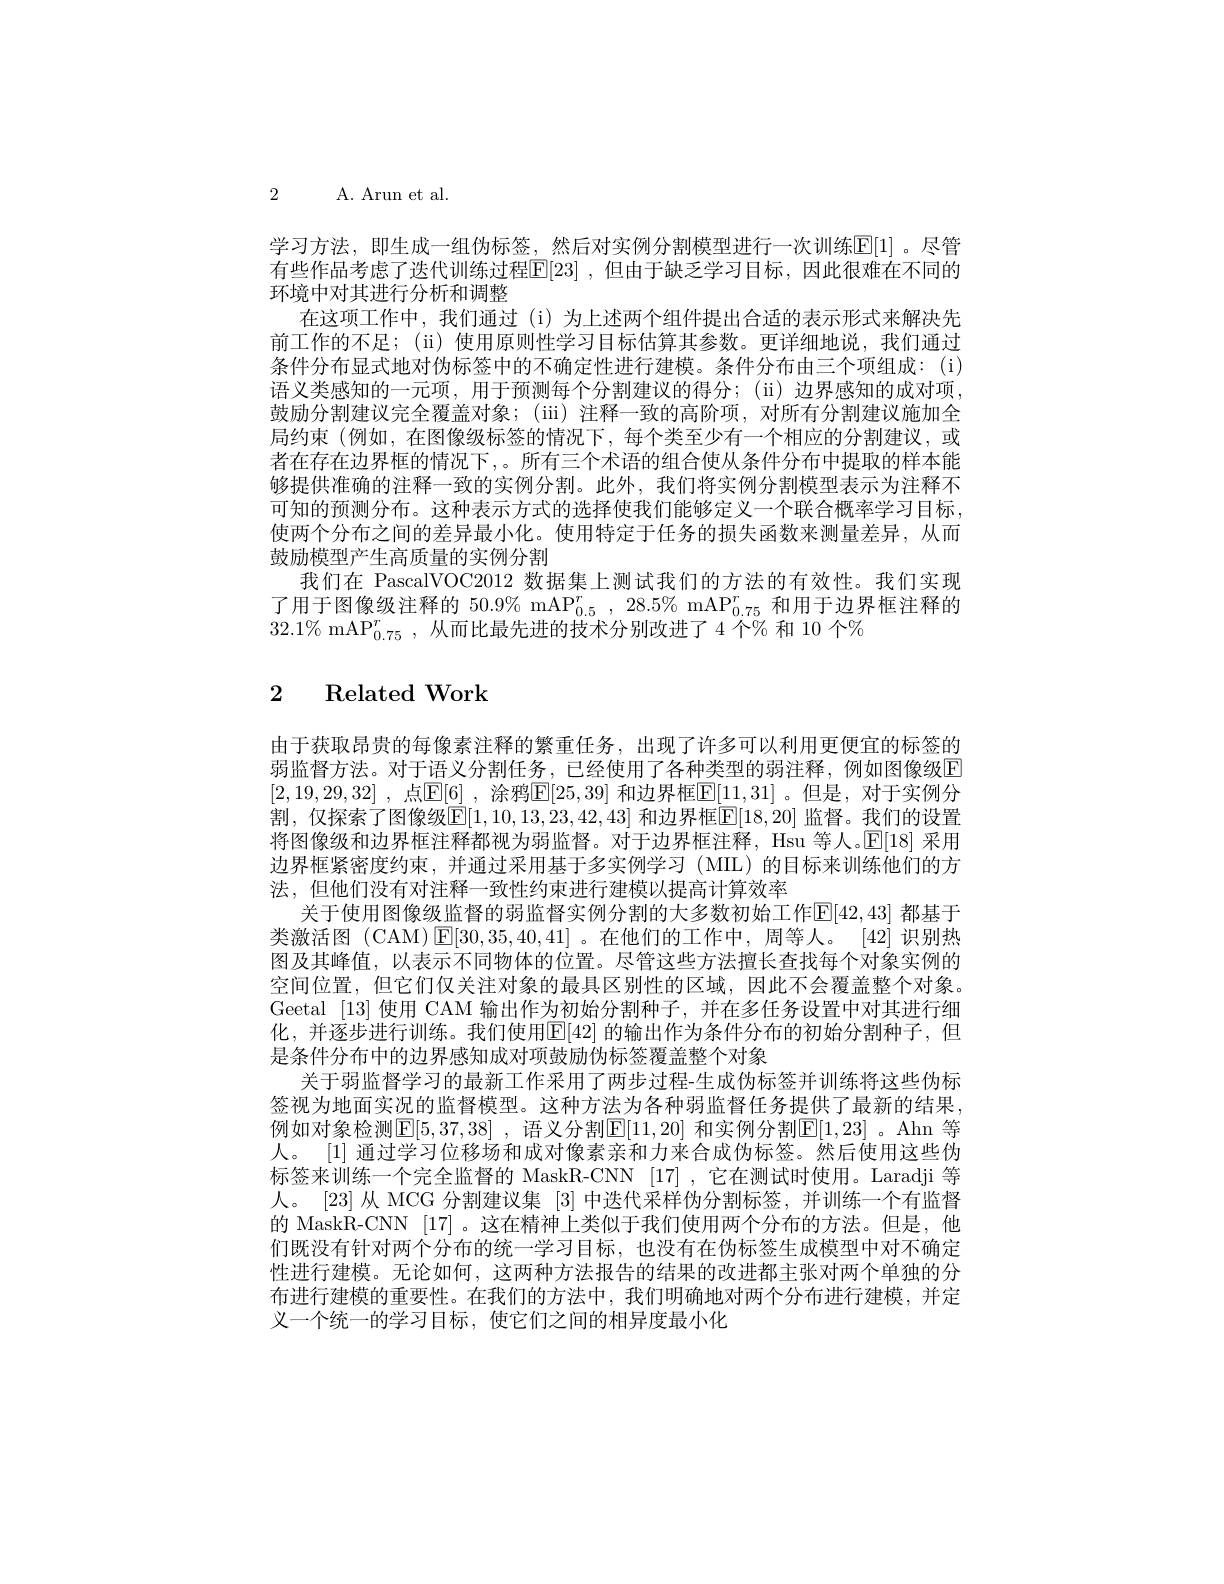
2 A. Arun et al.

学习方法，即生成一组伪标签，然后对实例分割模型进行一次训练E[1]。尽管有些作品考虑了迭代训练过程E[23] ,但由于缺乏学习目标，因此很难在不同的环境中对其进行分析和调整
在这项工作中，我们通过(i)为上述两个组件提出合适的表示形式来解决先前工作的不足；(ii) 使用原则性学习目标估算其参数。更详细地说，我们通过条件分布显式地对伪标签中的不确定性进行建模。条件分布由三个项组成：(i) 语义类感知的一元项，用于预测每个分割建议的得分；($\" (ii) 边界感知的成对项$, 鼓励分割建议完全覆盖对象；(iii) 注释一致的高阶项，对所有分割建议施加全局约束(例如，在图像级标签的情况下，每个类至少有一个相应的分割建议，或者在存在边界框的情况下，。所有三个术语的组合使从条件分布中提取的样本能够提供准确的注释一致的实例分割。此外，我们将实例分割模型表示为注释不可知的预测分布。这种表示方式的选择使我们能够定义一个联合概率学习目标使两个分布之间的差异最小化。使用特定于任务的损失函数来测量差异，从而鼓励模型产生高质量的实例分割
我们在 PascalVOC2012 数据集上测试我们的方法的有效性。我们实现了用于图像级注释的$50.9\%\mathrm{~mAP}_{0.5}^r,28.5\%\mathrm{~mAP}_{0.75}^r$和用于边界框注释的$32.1\%\mathrm{~mAP}_{0.75}^r$,从而比最先进的技术分别改进了 4 个% 和 10 个%

# 2 Related Work

由于获取昂贵的每像素注释的繁重任务，出现了许多可以利用更便宜的标签的弱监督方法。对于语义分割任务，已经使用了各种类型的弱注释，例如图像级E [2,19,29,32] , $点 [ \mathbb{E} [ 6]$ , $涂 鸦 [ \mathbb{E} [ 25, 39]$ 和 边 界 框 $\mathbb{E} [ 11, 31]$ $。但 是 $, 对于实例分割，仅探索了图像级E[1,10,13,23,42,43] 和边界框E[18,20] 监督。我们的设置将图像级和边界框注释都视为弱监督。对于边界框注释，Hsu 等人。E[18] 采用边界框紧密度约束，并通过采用基于多实例学习(MIL)的目标来训练他们的方法，但他们没有对注释一致性约束进行建模以提高计算效率
关于使用图像级监督的弱监督实例分割的大多数初始工作[E[42,43] 都基于类激活图 (CAM)[E[30,35,40,41]。在他们的工作中，周等人。[42]识别热图及其峰值，以表示不同物体的位置。尽管这些方法擅长查找每个对象实例的空间位置，但它们仅关注对象的最具区别性的区域，因此不会覆盖整个对象。Geetal [13] 使用 CAM 输出作为初始分割种子，并在多任务设置中对其进行细化，并逐步进行训练。我们使用$\overline{\mathbb{E}}[42]$ 的输出作为条件分布的初始分割种子，但是条件分布中的边界感知成对项鼓励伪标签覆盖整个对象
关于弱监督学习的最新工作采用了两步过程-生成伪标签并训练将这些伪标签视为地面实况的监督模型。这种方法为各种弱监督任务提供了最新的结果， 例如对象检测[E[5,37,38]~,~语义分割E[11,20]~和实例分割E[1,23]~。Ahn~等人。[1] 通过学习位移场和成对像素亲和力来合成伪标签。然后使用这些伪标签来训练一个完全监督的 MaskR-CNN [17] ,它在测试时使用。Laradji 等人。[23] 从 MCG 分割建议集 [3] 中迭代采样伪分割标签，并训练一个有监督的 MaskR-CNN [17] 。这在精神上类似于我们使用两个分布的方法。但是，他们既没有针对两个分布的统一学习目标，也没有在伪标签生成模型中对不确定性进行建模。无论如何，这两种方法报告的结果的改进都主张对两个单独的分布进行建模的重要性。在我们的方法中，我们明确地对两个分布进行建模，并定义一个统一的学习目标，使它们之间的相异度最小化